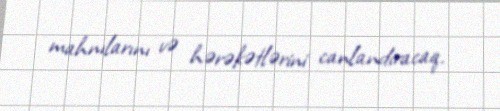
mahnılarını və hərəkətlərini canlandıracaq.